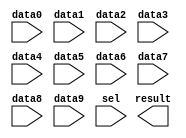
// megafunction wizard: %LPM_MUX%VBB%
// GENERATION: STANDARD
// VERSION: WM1.0
// MODULE: LPM_MUX 

// ============================================================
// Megafunction Name(s):
// 			LPM_MUX
//
// Simulation Library Files(s):
// 			lpm
// ============================================================
// ************************************************************
// THIS IS A WIZARD-GENERATED FILE. DO NOT EDIT THIS FILE!
//
// 16.1.2 Build 203 01/18/2017 SJ Lite Edition
// ************************************************************

//Copyright (C) 2017  Intel Corporation. All rights reserved.
//Your use of Intel Corporation's design tools, logic functions 
//and other software and tools, and its AMPP partner logic 
//functions, and any output files from any of the foregoing 
//(including device programming or simulation files), and any 
//associated documentation or information are expressly subject 
//to the terms and conditions of the Intel Program License 
//Subscription Agreement, the Intel Quartus Prime License Agreement,
//the Intel MegaCore Function License Agreement, or other 
//applicable license agreement, including, without limitation, 
//that your use is for the sole purpose of programming logic 
//devices manufactured by Intel and sold by Intel or its 
//authorized distributors.  Please refer to the applicable 
//agreement for further details.

module ss_n_select (
	data0,
	data1,
	data2,
	data3,
	data4,
	data5,
	data6,
	data7,
	data8,
	data9,
	sel,
	result);

	input	  data0;
	input	  data1;
	input	  data2;
	input	  data3;
	input	  data4;
	input	  data5;
	input	  data6;
	input	  data7;
	input	  data8;
	input	  data9;
	input	[3:0]  sel;
	output	  result;

endmodule

// ============================================================
// CNX file retrieval info
// ============================================================
// Retrieval info: PRIVATE: INTENDED_DEVICE_FAMILY STRING "Cyclone V"
// Retrieval info: PRIVATE: SYNTH_WRAPPER_GEN_POSTFIX STRING "0"
// Retrieval info: PRIVATE: new_diagram STRING "1"
// Retrieval info: LIBRARY: lpm lpm.lpm_components.all
// Retrieval info: CONSTANT: LPM_SIZE NUMERIC "10"
// Retrieval info: CONSTANT: LPM_TYPE STRING "LPM_MUX"
// Retrieval info: CONSTANT: LPM_WIDTH NUMERIC "1"
// Retrieval info: CONSTANT: LPM_WIDTHS NUMERIC "4"
// Retrieval info: USED_PORT: data0 0 0 0 0 INPUT NODEFVAL "data0"
// Retrieval info: USED_PORT: data1 0 0 0 0 INPUT NODEFVAL "data1"
// Retrieval info: USED_PORT: data2 0 0 0 0 INPUT NODEFVAL "data2"
// Retrieval info: USED_PORT: data3 0 0 0 0 INPUT NODEFVAL "data3"
// Retrieval info: USED_PORT: data4 0 0 0 0 INPUT NODEFVAL "data4"
// Retrieval info: USED_PORT: data5 0 0 0 0 INPUT NODEFVAL "data5"
// Retrieval info: USED_PORT: data6 0 0 0 0 INPUT NODEFVAL "data6"
// Retrieval info: USED_PORT: data7 0 0 0 0 INPUT NODEFVAL "data7"
// Retrieval info: USED_PORT: data8 0 0 0 0 INPUT NODEFVAL "data8"
// Retrieval info: USED_PORT: data9 0 0 0 0 INPUT NODEFVAL "data9"
// Retrieval info: USED_PORT: result 0 0 0 0 OUTPUT NODEFVAL "result"
// Retrieval info: USED_PORT: sel 0 0 4 0 INPUT NODEFVAL "sel[3..0]"
// Retrieval info: CONNECT: @data 0 0 1 0 data0 0 0 0 0
// Retrieval info: CONNECT: @data 0 0 1 1 data1 0 0 0 0
// Retrieval info: CONNECT: @data 0 0 1 2 data2 0 0 0 0
// Retrieval info: CONNECT: @data 0 0 1 3 data3 0 0 0 0
// Retrieval info: CONNECT: @data 0 0 1 4 data4 0 0 0 0
// Retrieval info: CONNECT: @data 0 0 1 5 data5 0 0 0 0
// Retrieval info: CONNECT: @data 0 0 1 6 data6 0 0 0 0
// Retrieval info: CONNECT: @data 0 0 1 7 data7 0 0 0 0
// Retrieval info: CONNECT: @data 0 0 1 8 data8 0 0 0 0
// Retrieval info: CONNECT: @data 0 0 1 9 data9 0 0 0 0
// Retrieval info: CONNECT: @sel 0 0 4 0 sel 0 0 4 0
// Retrieval info: CONNECT: result 0 0 0 0 @result 0 0 1 0
// Retrieval info: GEN_FILE: TYPE_NORMAL ss_n_select.v TRUE
// Retrieval info: GEN_FILE: TYPE_NORMAL ss_n_select.inc FALSE
// Retrieval info: GEN_FILE: TYPE_NORMAL ss_n_select.cmp FALSE
// Retrieval info: GEN_FILE: TYPE_NORMAL ss_n_select.bsf FALSE
// Retrieval info: GEN_FILE: TYPE_NORMAL ss_n_select_inst.v FALSE
// Retrieval info: GEN_FILE: TYPE_NORMAL ss_n_select_bb.v TRUE
// Retrieval info: LIB_FILE: lpm